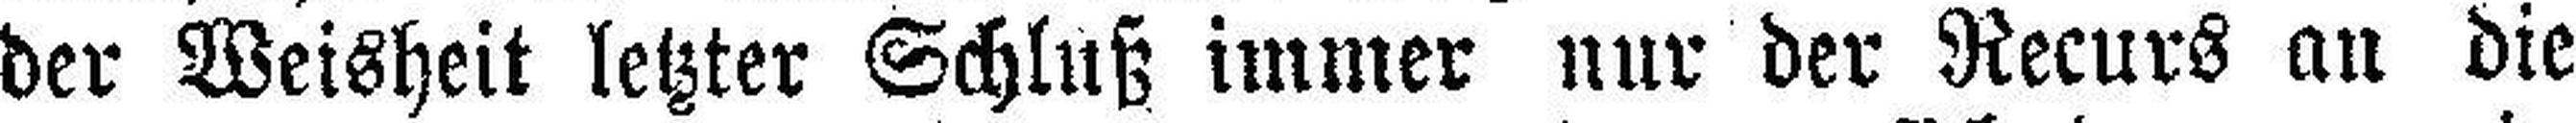
der Weisheit letzter Schluß immer nur der Recurs an die